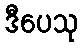
ဒီပေသု